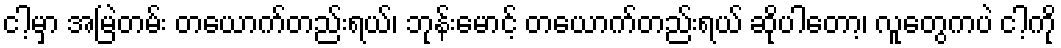
ငါ့မှာ အမြဲတမ်း တယောက်တည်းရယ်၊ ဘုန်းမောင့် တယောက်တည်းရယ် ဆိုပါတော့၊ လူတွေကပဲ ငါ့ကို